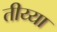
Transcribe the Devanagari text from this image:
तीय्या